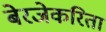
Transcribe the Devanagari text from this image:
बेरजेकरिता